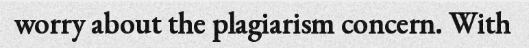
worry about the plagiarism concern. With